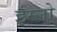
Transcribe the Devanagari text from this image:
ईम्नो